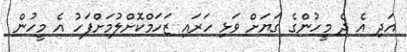
އަދި އެ ދެ މީހުންގެ ގަޔަށް ވަޅި ހަރައި ޒަހަމްކޮށްލުމަށްފަހު އެ މީހުން